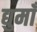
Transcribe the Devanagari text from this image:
द्युमाँ